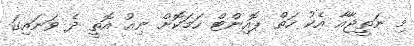
މި ނަތީޖާއާ އެކު ހަތް ޕޮއިންޓް ހަމަކޮށް ނިއު އޮތީ ދެ ވަނައިގަ